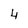
Character: 4